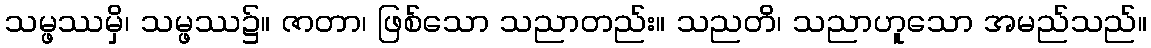
သမ္ဖဿမှိ၊ သမ္ဖဿ၌။ ဇာတာ၊ ဖြစ်သော သညာတည်း။ သညတိ၊ သညာဟူသော အမည်သည်။